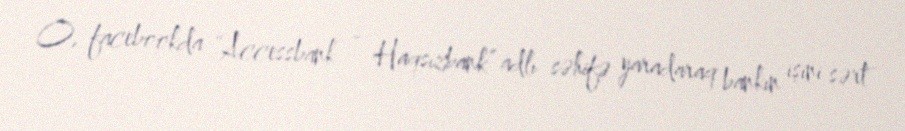
O, facebookda “Accessbank - Haqsızbank” adlı səhifə yaradaraq bankın işini sərt